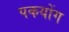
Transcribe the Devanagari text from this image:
पकयोंग